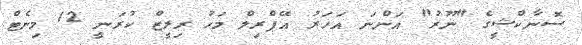
ސޮނާކްޝީގެ "ނޫރު" އަންނަ އަހަރު އޭޕްރިލް މަހު ރިލީޒް ކުރަނީ 12 މިނެޓް